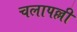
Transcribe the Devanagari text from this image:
चलापल्ली